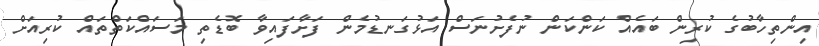
އިންތިހާބުގެ ކުރިން ބައެއް ކަންކަން ނުފެށުނަސް އަޅުގަނޑުމެން ފަށާފައިވާ ބޮޑެތި މަސައްކަތްތައް ކުރިއަށް